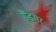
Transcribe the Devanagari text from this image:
ग्रैंडमेर